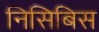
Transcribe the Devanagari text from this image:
निसिबिस